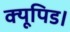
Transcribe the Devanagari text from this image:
क्यूपिड।